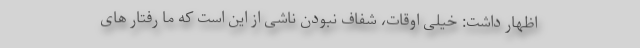
اظهار داشت: خیلی اوقات، شفاف نبودن ناشی از این است که ما رفتار های